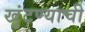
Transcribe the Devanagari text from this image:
खुंटण्याची